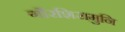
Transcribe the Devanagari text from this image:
गौरशिरामुनि